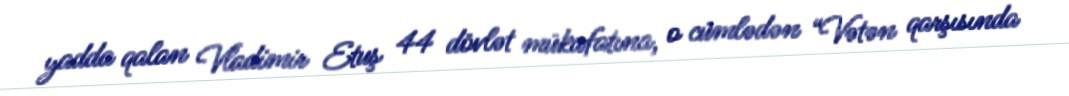
yadda qalan Vladimir Etuş 44 dövlət mükafatına, o cümlədən “Vətən qarşısında